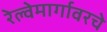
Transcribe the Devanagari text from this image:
रेल्वेमार्गावरचे